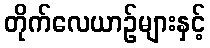
တိုက်လေယာဉ်များနှင့်